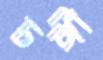
ঢঙ্গী